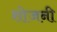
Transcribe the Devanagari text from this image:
शोजनी